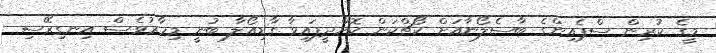
މީގެ ކުރިން ސްޕެއިންގެ ބާސެލޯނާއަށް ކޯޗްކަން ކޮށްދީފައިވާ ގާޑިއޯލާ ބުނީ މިހާރުވެސް އިނގިރޭސި